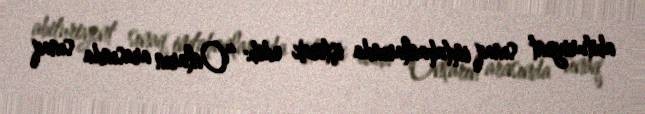
abituriyent sınaq imtahanlarında iştirak edib: “Onların arasında sınaq